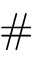
\#